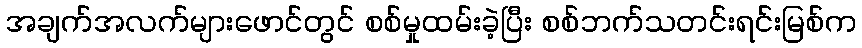
အချက်အလက်များဖောင်တွင် စစ်မှုထမ်းခဲ့ပြီး စစ်ဘက်သတင်းရင်းမြစ်က